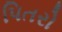
પિતરો